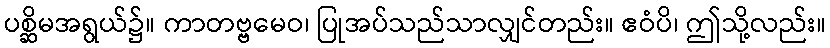
ပစ္ဆိမအရွယ်၌။ ကာတဗ္ဗမေဝ၊ ပြုအပ်သည်သာလျှင်တည်း။ ဧဝံပိ၊ ဤသို့လည်း။